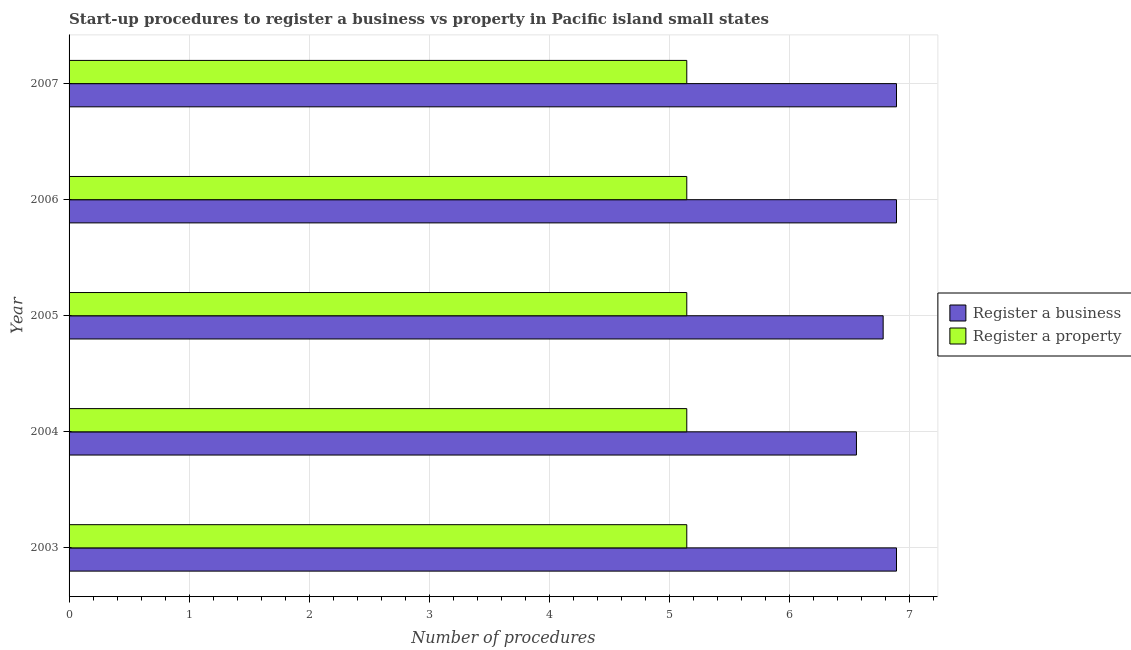
| Year | Register a business | Register a property |
 | --- | --- | --- |
 | 2003 | 6.89 | 5.14 |
 | 2004 | 6.56 | 5.14 |
 | 2005 | 6.78 | 5.14 |
 | 2006 | 6.89 | 5.14 |
 | 2007 | 6.89 | 5.14 |